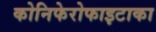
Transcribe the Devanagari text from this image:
कोनिफेरोफाइटाका